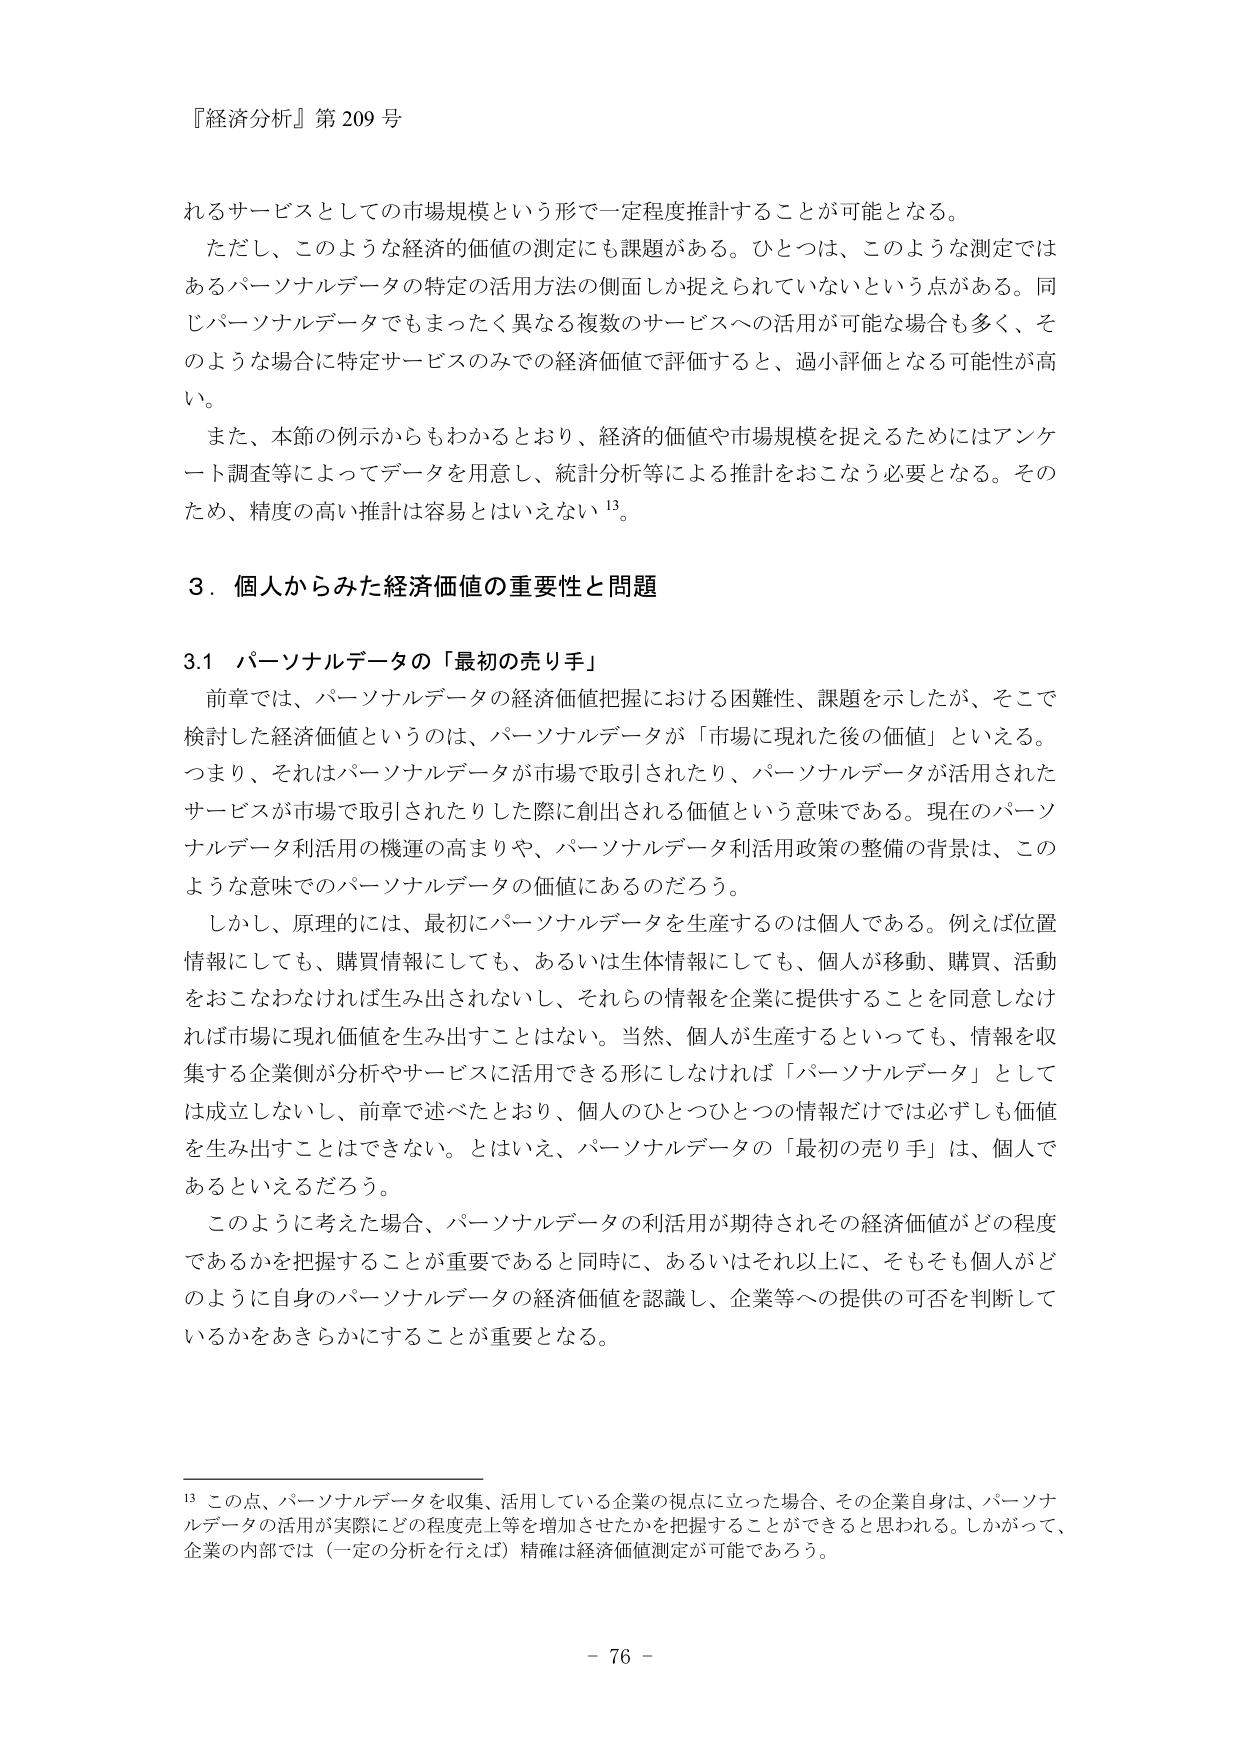
『経済分析』第209号

れるサービスとしての市場規模という形で一定程度推計することが可能となる。
ただし、このような経済的価値の測定にも課題がある。ひとつは、このような測定ではあるパーソナルデータの特定の活用方法の側面しか捉えられていないという点がある。同じパーソナルデータでもまったく異なる複数のサービスへの活用が可能な場合も多く、そのような場合に特定サービスのみでの経済価値で評価すると、過小評価となる可能性が高い。
また、本節の例示からもわかるとおり、経済的価値や市場規模を捉えるためにはアンケート調査等によってデータを用意し、統計分析等による推計をおこなう必要となる。そのため、精度の高い推計は容易とはいえない13。

3．個人からみた経済価値の重要性と問題

3.1 パーソナルデータの「最初の売り手」
前章では、パーソナルデータの経済価値把握における困難性、課題を示したが、そこで検討した経済価値というのは、パーソナルデータが「市場に現れた後の価値」といえる。つまり、それはパーソナルデータが市場で取引されたり、パーソナルデータが活用されたサービスが市場で取引されたりした際に創出される価値という意味である。現在のパーソナルデータ利活用の機運の高まりや、パーソナルデータ利活用政策の整備の背景は、このような意味でのパーソナルデータの価値にあるのだろう。
しかし、原理的には、最初にパーソナルデータを生産するのは個人である。例えば位置情報にしても、購買情報にしても、あるいは生体情報にしても、個人が移動、購買、活動をおこなわなければ生み出されないし、それらの情報を企業に提供することを同意しなければ市場に現れ価値を生み出すことはない。当然、個人が生産するといっても、情報を収集する企業側が分析やサービスに活用できる形にしなければ「パーソナルデータ」としては成立しないし、前章で述べたとおり、個人のひとつひとつの情報だけでは必ずしも価値を生み出すことはできない。とはいえ、パーソナルデータの「最初の売り手」は、個人であるといえるだろう。
このように考えた場合、パーソナルデータの利活用が期待されその経済価値がどの程度であるかを把握することが重要であると同時に、あるいはそれ以上に、そもそも個人がどのように自身のパーソナルデータの経済価値を認識し、企業等への提供の可否を判断しているかをあきらかにすることが重要となる。

13 この点、パーソナルデータを収集、活用している企業の視点に立った場合、その企業自身は、パーソナルデータの活用が実際にどの程度売上等を増加させたかを把握することができると思われる。しかがって、企業の内部では（一定の分析を行えば）精確は経済価値測定が可能であろう。

- 76 -